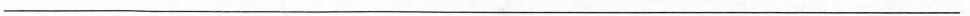
___